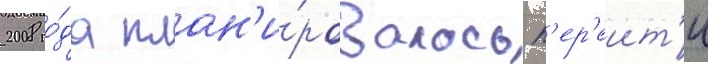
2008 го́да план'и́ровалось п'ер'еит'и